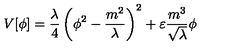
V [ \phi ] = \frac { \lambda } { 4 } \left( \phi ^ { 2 } - \frac { m ^ { 2 } } { \lambda } \right) ^ { 2 } + \varepsilon \frac { m ^ { 3 } } { \sqrt \lambda } \phi